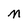
Character: M